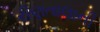
રીણતાલાની